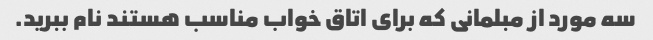
سه مورد از مبلمانی که برای اتاق خواب مناسب هستند نام ببرید.